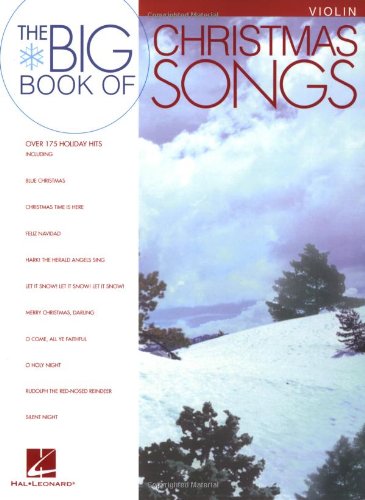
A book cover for Big Book of Christmas Songs Violin; Christian Books & Bibles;